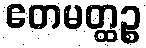
ဧတမတ္ထဉ္စ